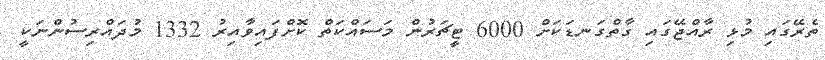
ތެރޭގައި މުޅި ރާއްޖޭގައި ގާތްގަނޑަކަށް 6000 ޓީޗަރުން މަސައްކަތް ކޮށްފައިވާއިރު 1332 މުދައްރިސުންނަކީ